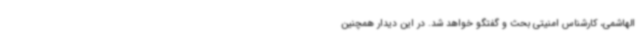
الهاشمی، کارشناس امنیتی بحث و گفتگو خواهد شد. در این دیدار همچنین